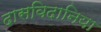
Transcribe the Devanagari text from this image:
दासविदानिया